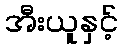
အီးယူနှင့်